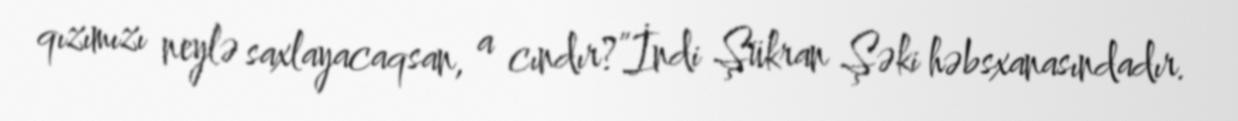
qızımızı neylə saxlayacaqsan, a cındır?”İndi Şükran Şəki həbsxanasındadır.